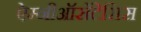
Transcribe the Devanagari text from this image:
ऐम्नीऑसेंटेसिस